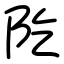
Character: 阣